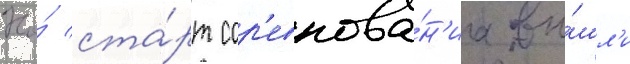
На́ ста́рт сор'евнова́н'иа вы́шл'и